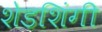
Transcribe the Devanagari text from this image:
शेडशिंगी